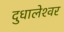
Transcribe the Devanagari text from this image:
दुधालेश्‍वर